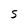
Character: S